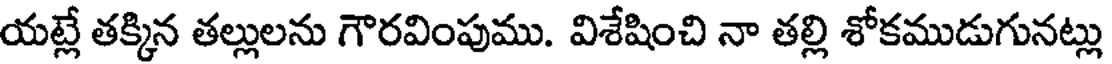
యట్లే తక్కిన తల్లులను గౌరవింపుము. విశేషించి నా తల్లి శోకముడుగునట్లు